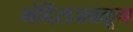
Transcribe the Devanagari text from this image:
मंदिराजवळून